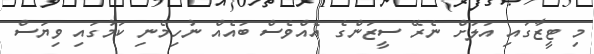
މި ޓީޒާގައި އަލަށް ނެރޭ ސީޒަންގެ އެެއްވެސް ބައެއް ނުހިމެނި ކަމުގައި ވިޔަސް